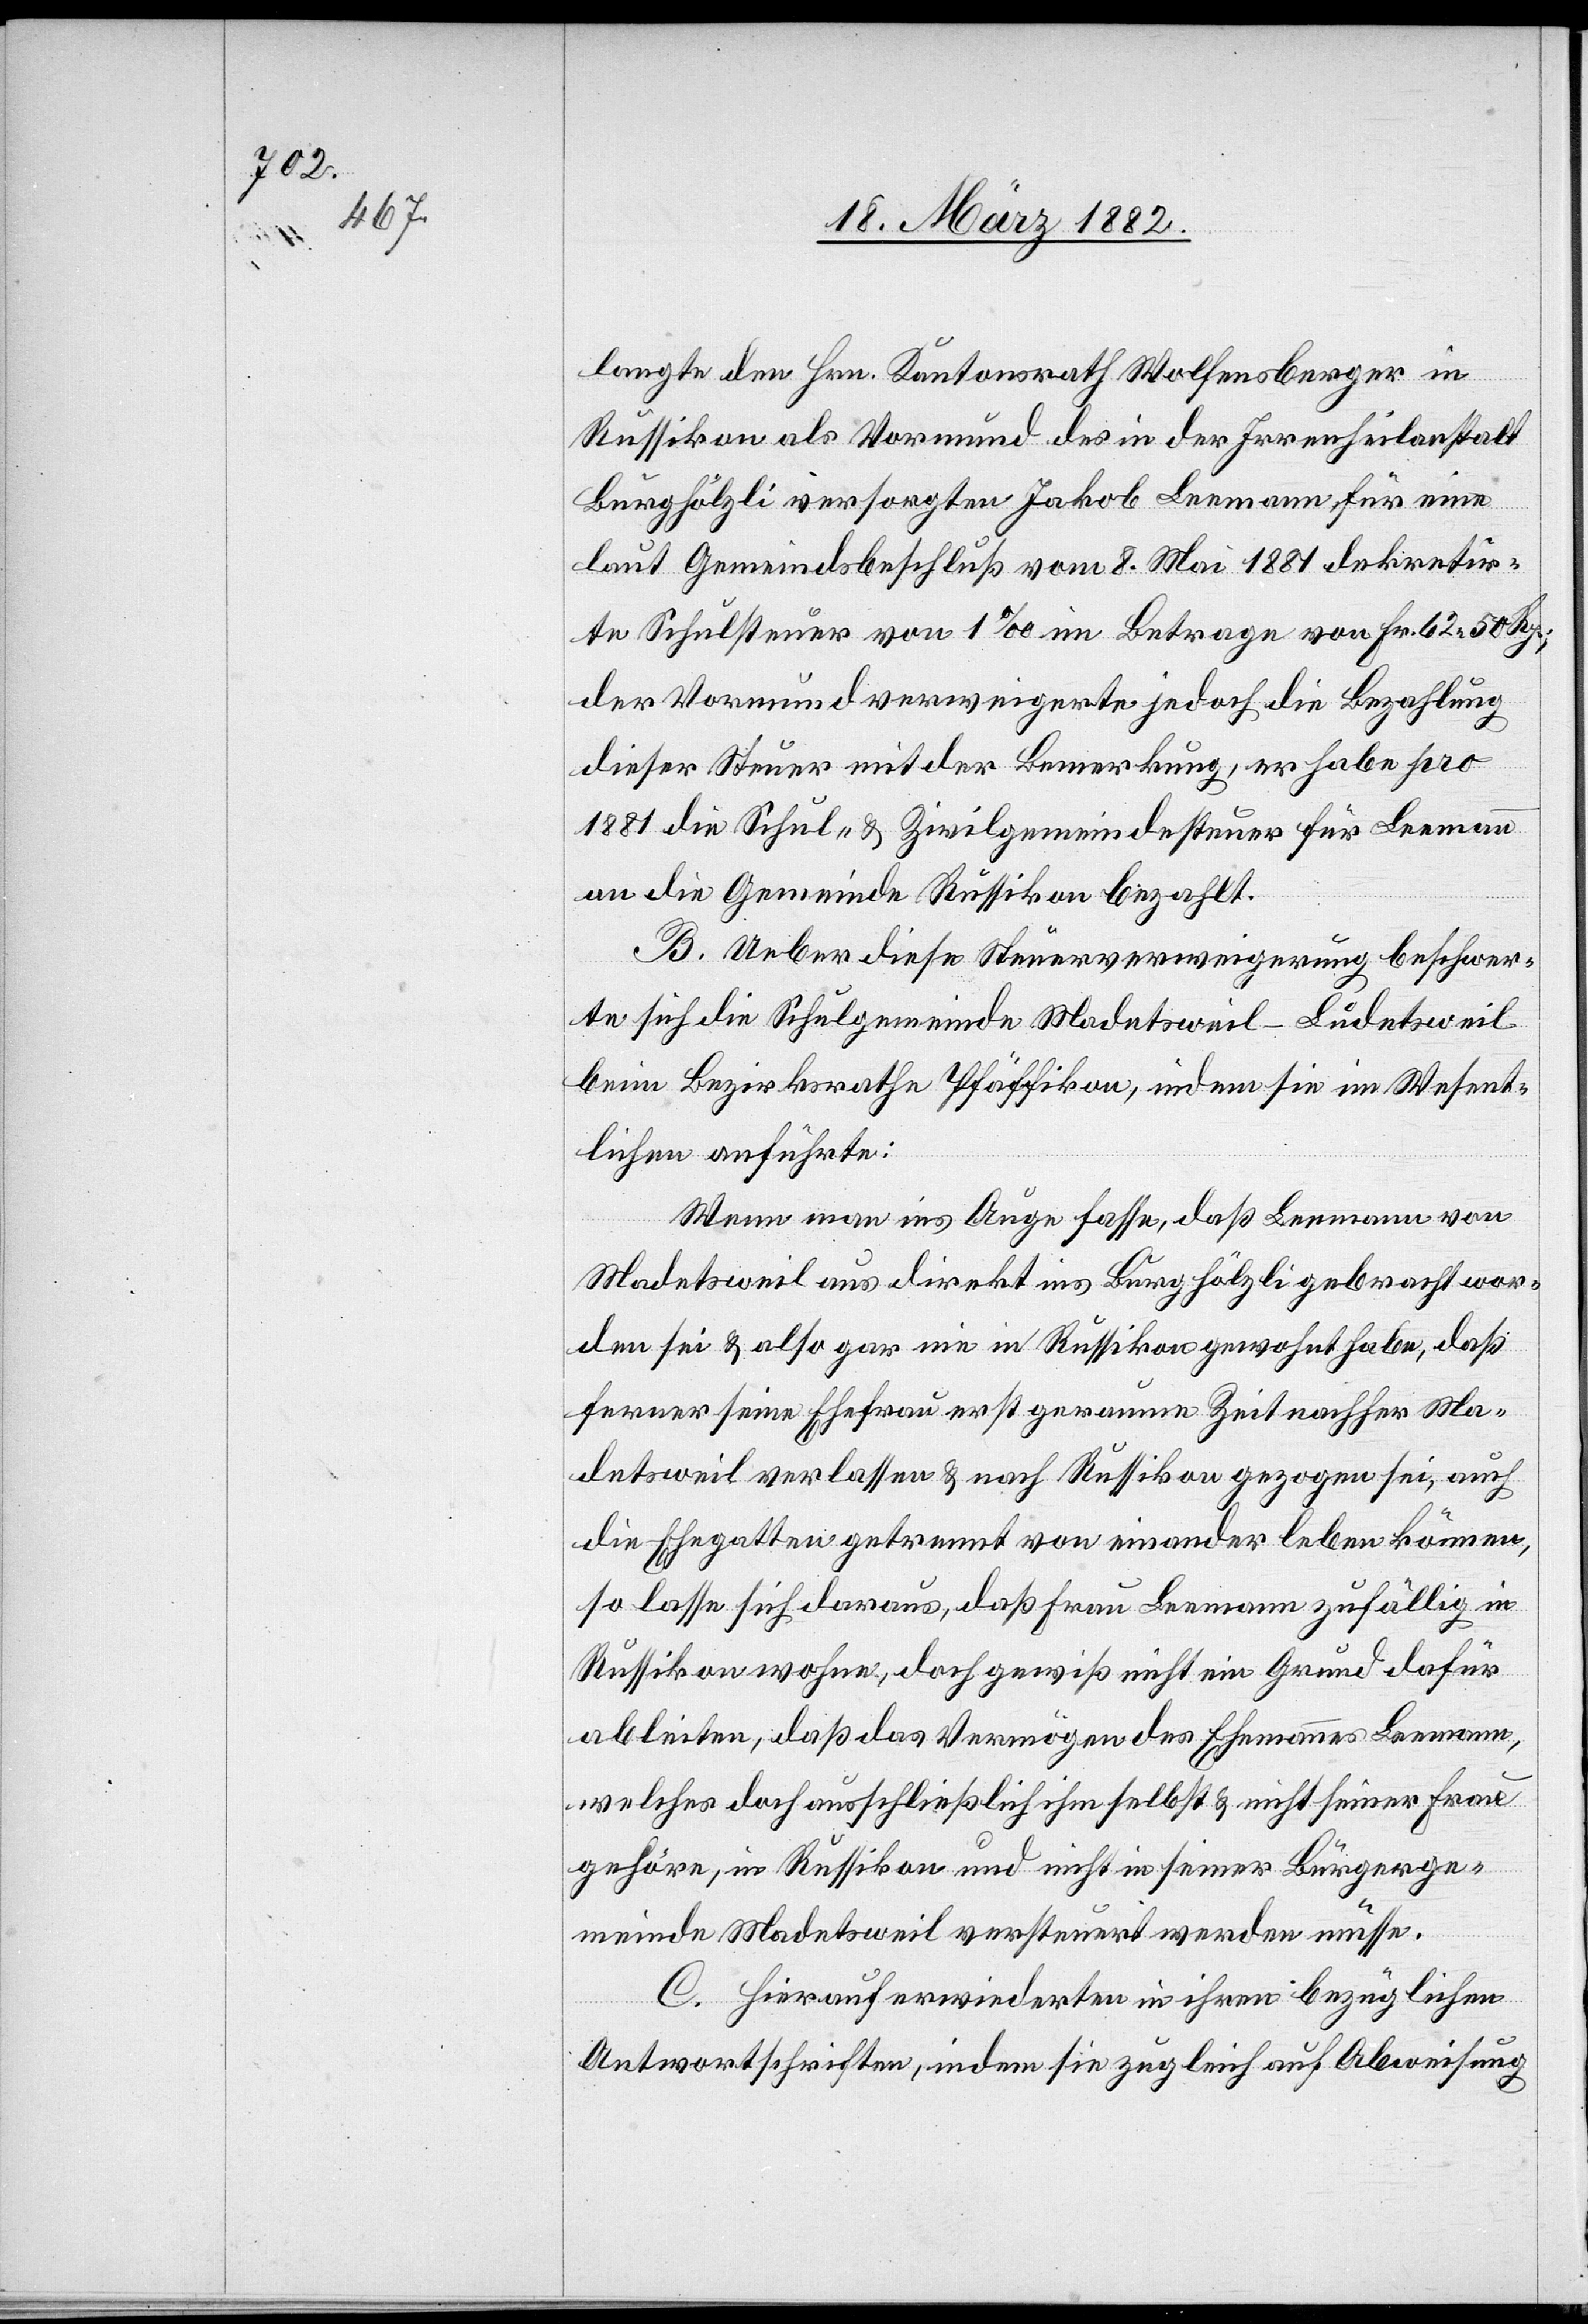
langte den Hrn. Kantonsrath Wolfensberger in
Russikon als Vormund des in der Irrenheilanstalt
Burghölzli versorgten Jakob Leemann für eine
laut Gemeindsbeschluß vom 8. Mai 1881 dekretir¬
te Schulsteuer von 1‰ im Betrage von Fr. 62 50 Rp.;
der Vormund verweigerte jedoch die Bezahlung
dieser Steuer mit der Bemerkung, er habe pro
1881 die Schul- & Zivilgemeindesteuer für Leemann
an die Gemeinde Russikon bezahlt.
B. Ueber diese Steuerverweigerung beschwer¬
te sich die Schulgemeinde Madetsweil-Ludetsweil
beim Bezirksrathe Pfäffikon, indem sie im Wesent¬
lichen anführte:
Wenn man ins Auge fasse, daß Leemann von
Madetsweil aus direkt ins Burghölzli gebracht wor¬
den sei & also gar nie in Russikon gewohnt habe, daß
ferner seine Ehefrau erst geraume Zeit nachher Ma¬
detsweil verlassen & nach Russikon gezogen sei, auch
die Ehegatten getrennt von einander leben können,
so lasse sich daraus, daß Frau Leemann zufällig in
Russikon wohne, doch gewiß nicht ein Grund dafür
ableiten, daß das Vermögen des Ehemannes Leemann,
welcher doch ausschließlich ihm selbst & nicht seiner Frau
gehöre, in Russikon und nicht in seiner Bürgerge¬
meinde Madetsweil versteuert werden müsse.
C: Hierauf erwiederten in ihren bezüglichen
Antwortschriften, indem sie zugleich auf Abweisung